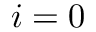
i = 0